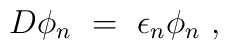
D\phi_n\ =\ \epsilon_n\phi_n\ ,